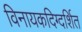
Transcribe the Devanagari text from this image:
विनायकदिग्दर्शित